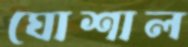
ঘোশাল